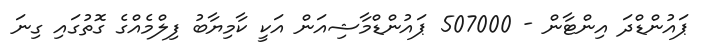
ޕައުންޑްދަ އިންޓާން - 507000 ޕައުންޑްމާޝިއަން އަކީ ކާމިޔާބު ފިލްމެއްގެ ގޮތުގައި ގިނަ